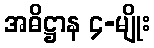
အဓိဋ္ဌာန ၄-မျိုး